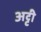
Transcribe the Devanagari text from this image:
अट्टी